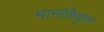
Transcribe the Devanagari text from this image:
मानकिकृत